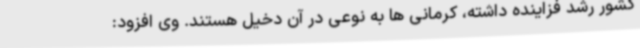
کشور رشد فزاینده داشته، کرمانی ها به نوعی در آن دخیل هستند. وی افزود: